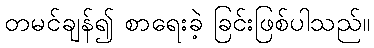
တမင်ချန်၍ စာရေးခဲ့ ခြင်းဖြစ်ပါသည်။